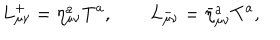
L _ { \mu \nu } ^ { + } = \eta _ { \mu \nu } ^ { a } T ^ { a } , \qquad L _ { \mu \nu } ^ { - } = { \bar { \eta } } _ { \mu \nu } ^ { a } T ^ { a } ,